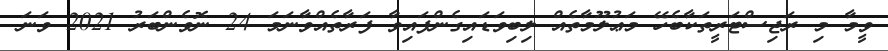
ވީމާ މި ރަޖިސްޓަރީތަކާބެހޭ މަޢުލޫމާތެއް ލިބިވަޑައިގެންފައިވާ ފަރާތެއްވާނަމަ 24 ނޮވެންބަރު 2021 ވަނަ